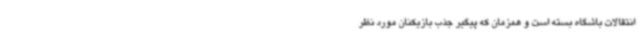
انتقالات باشگاه بسته است و همزمان که پیگیر جذب بازیکنان مورد نظر